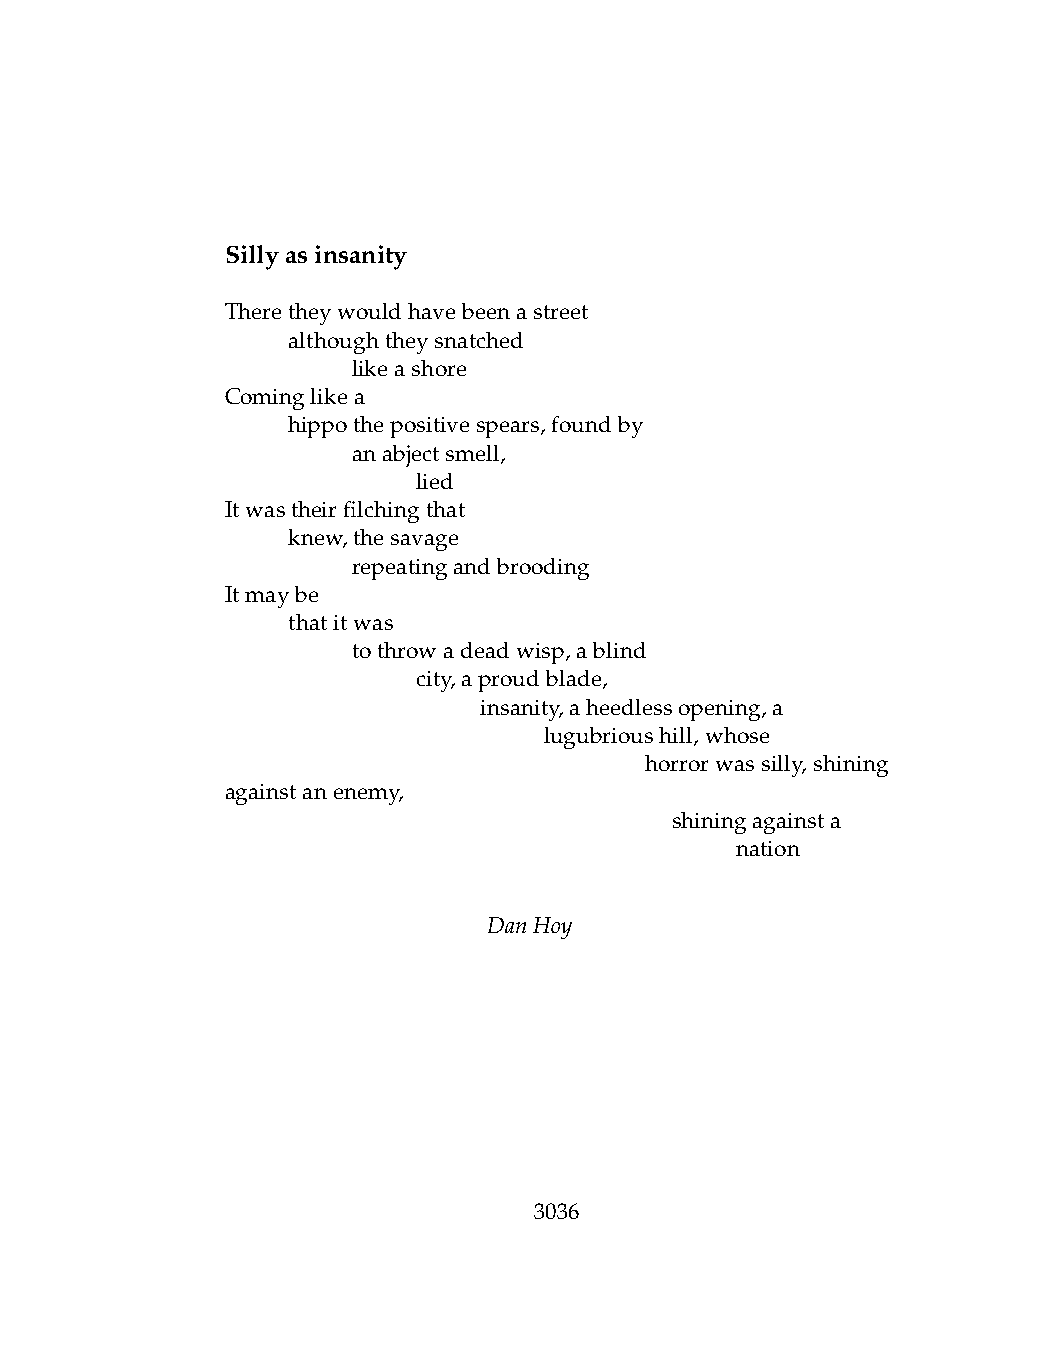
Sillyasinsanity
 Theretheywouldhavebeenastreet
 .   althoughtheysnatched
 .   .   likeashore
 Cominglikea
 .   hippothepositivespears,foundby
 .   .   anabjectsmell,
 .   .   .    lied
 Itwastheirfilchingthat
 .   knew,thesavage
 .   .   repeatingandbrooding
 Itmaybe
 .   thatitwas
 .   .   tothrowadeadwisp,ablind
 .   .   .    city,aproudblade,
 .   .   .    .   insanity,aheedlessopening,a
 .   .   .    .   .   lugubrioushill,whose
 .    .   .    .   .    .    horrorwassilly, shining
 againstanenemy,
 .   .   .    .   .   .   .   shiningagainsta
 .   .   .    .   .   .   .   .    nation
 DanHoy
 3036